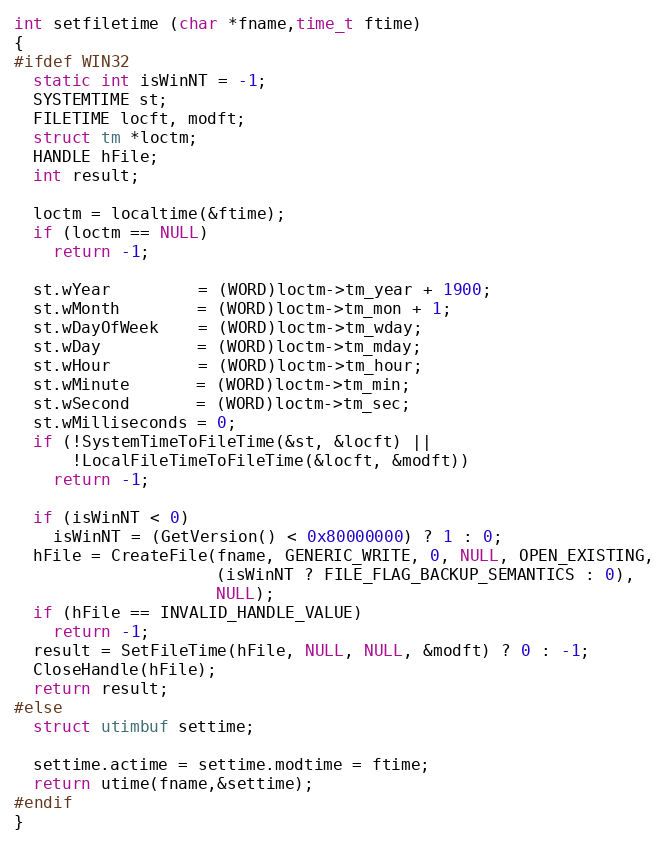
Language: C
int setfiletime (char *fname,time_t ftime)
{
#ifdef WIN32
  static int isWinNT = -1;
  SYSTEMTIME st;
  FILETIME locft, modft;
  struct tm *loctm;
  HANDLE hFile;
  int result;

  loctm = localtime(&ftime);
  if (loctm == NULL)
    return -1;

  st.wYear         = (WORD)loctm->tm_year + 1900;
  st.wMonth        = (WORD)loctm->tm_mon + 1;
  st.wDayOfWeek    = (WORD)loctm->tm_wday;
  st.wDay          = (WORD)loctm->tm_mday;
  st.wHour         = (WORD)loctm->tm_hour;
  st.wMinute       = (WORD)loctm->tm_min;
  st.wSecond       = (WORD)loctm->tm_sec;
  st.wMilliseconds = 0;
  if (!SystemTimeToFileTime(&st, &locft) ||
      !LocalFileTimeToFileTime(&locft, &modft))
    return -1;

  if (isWinNT < 0)
    isWinNT = (GetVersion() < 0x80000000) ? 1 : 0;
  hFile = CreateFile(fname, GENERIC_WRITE, 0, NULL, OPEN_EXISTING,
                     (isWinNT ? FILE_FLAG_BACKUP_SEMANTICS : 0),
                     NULL);
  if (hFile == INVALID_HANDLE_VALUE)
    return -1;
  result = SetFileTime(hFile, NULL, NULL, &modft) ? 0 : -1;
  CloseHandle(hFile);
  return result;
#else
  struct utimbuf settime;

  settime.actime = settime.modtime = ftime;
  return utime(fname,&settime);
#endif
}